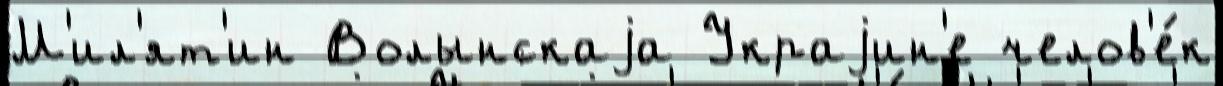
М'ил'ят'ин Волынскаjа Украjин'е челов'е́к